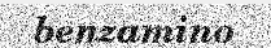
benzamino